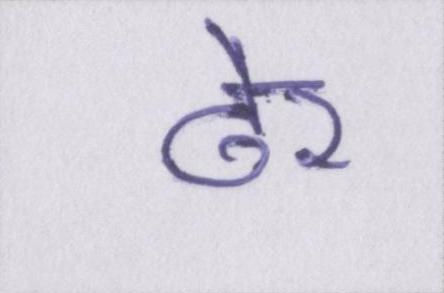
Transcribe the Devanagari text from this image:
ढेर